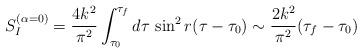
LaTeX: \begin{align*}S_I^{(\alpha = 0)} = \frac{4k^2}{\pi^2} \int_{\tau_0}^{\tau_f} d\tau{}~{\sin }^2\, r (\tau -\tau_0) \sim \frac{2k^2}{\pi^2}(\tau_f -\tau_0)\end{align*}